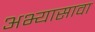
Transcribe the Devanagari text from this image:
अभ्यासावा